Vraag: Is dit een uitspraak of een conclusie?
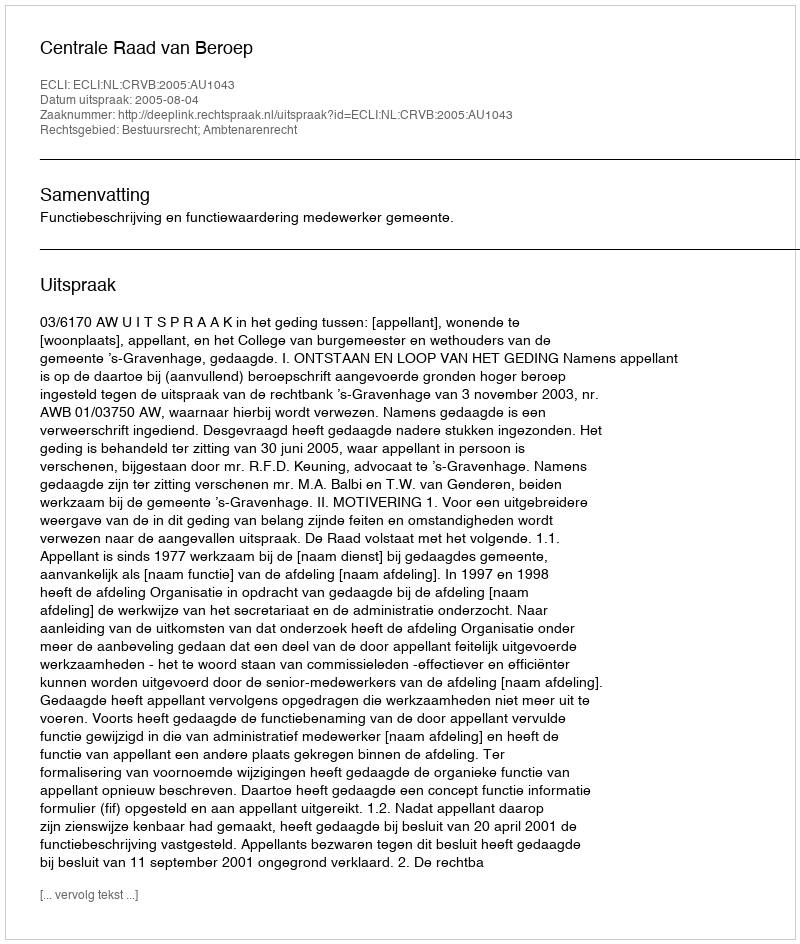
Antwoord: Uitspraak